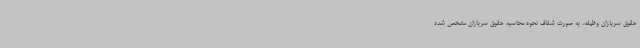
حقوق سربازان وظیفه، به صورت شفاف نحوه محاسبه حقوق سربازان مشخص شده